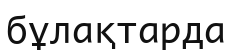
бұлақтарда